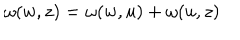
\omega ( w , z ) = \omega ( w , u ) + \omega ( u , z )